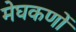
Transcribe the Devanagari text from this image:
मेघकणों